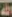
الله